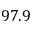
9 7 . 9